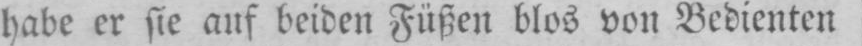
habe er sie auf beiden Füßen blos von Bedienten